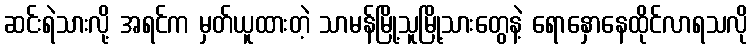
ဆင်းရဲသားလို့ အရင်က မှတ်ယူထားတဲ့ သာမန်မြို့သူမြို့သားတွေနဲ့ ရောနှောနေထိုင်လာရသလို